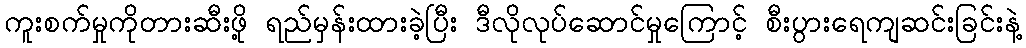
ကူးစက်မှုကိုတားဆီးဖို့ ရည်မှန်းထားခဲ့ပြီး ဒီလိုလုပ်ဆောင်မှုကြောင့် စီးပွားရေကျဆင်းခြင်းနဲ့